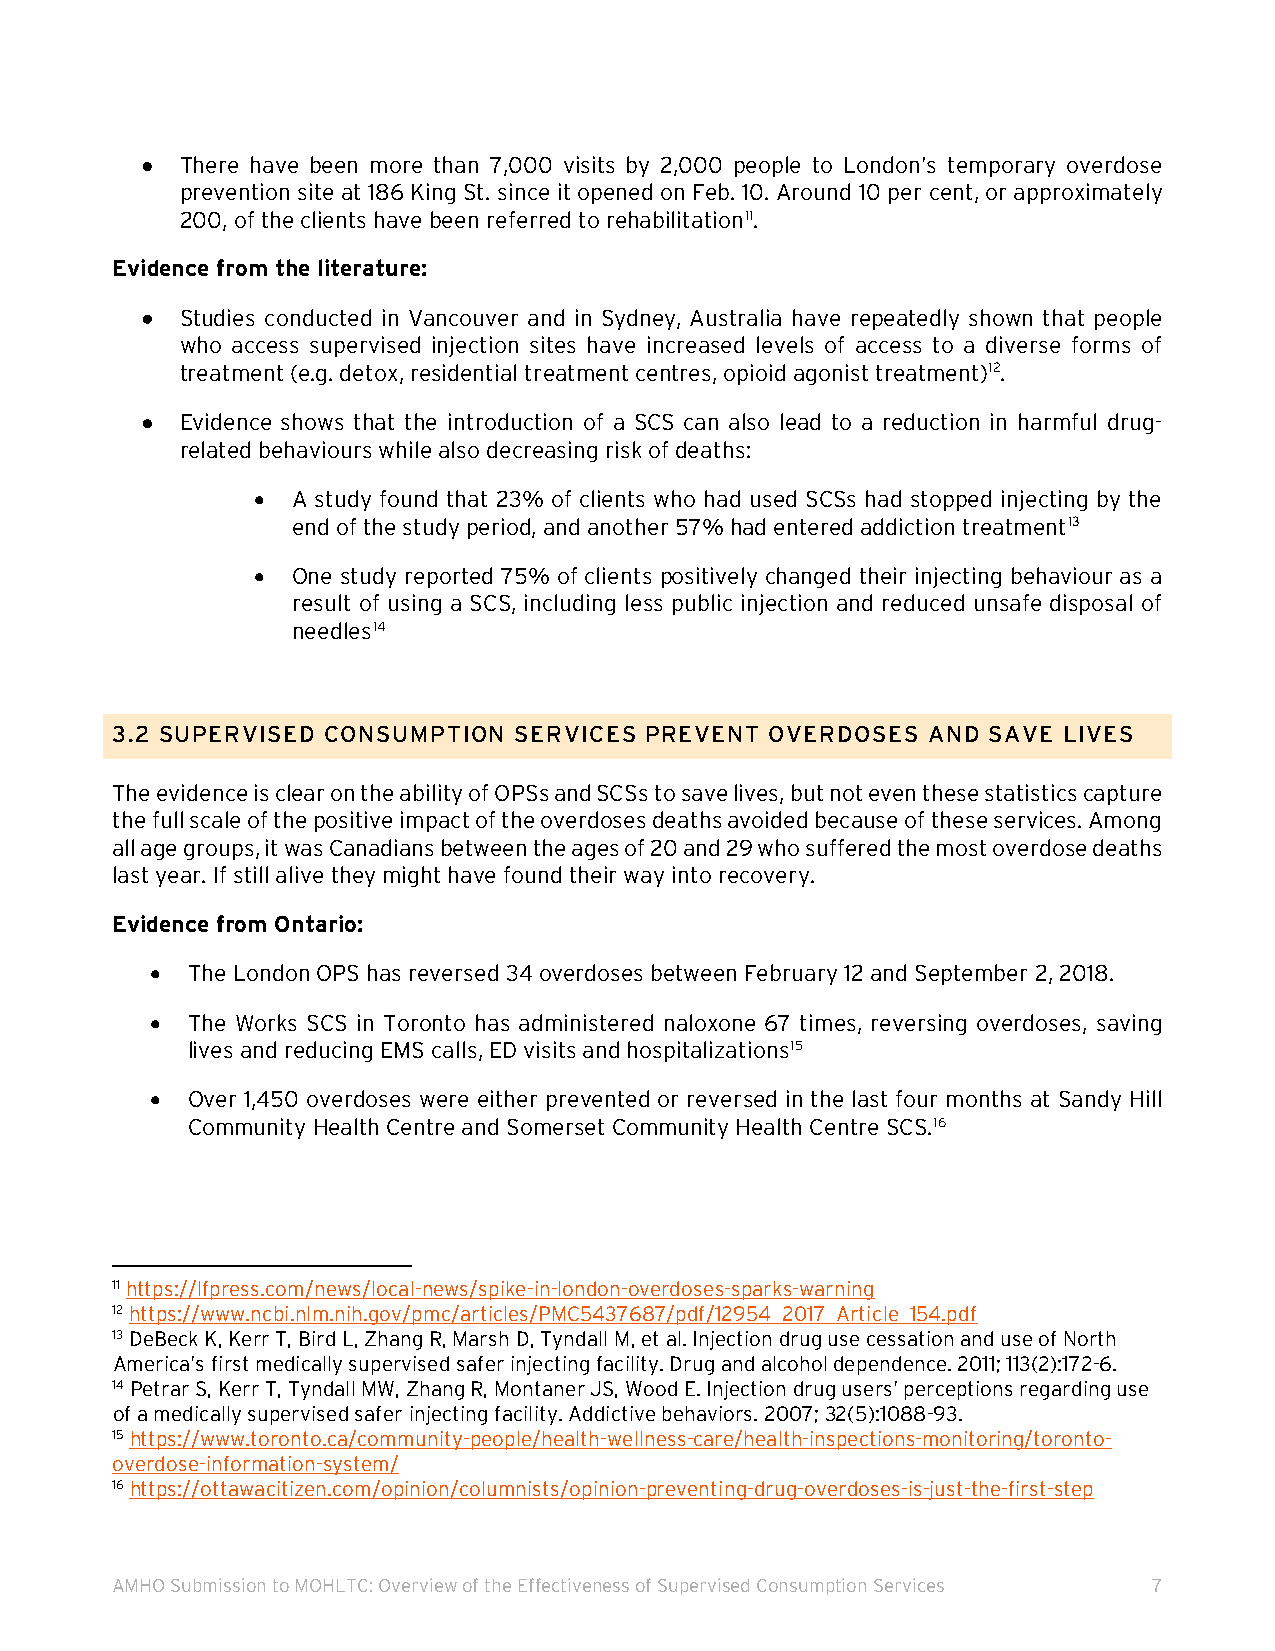
•  There have been more than 7,000 visits by 2,000 people to London’s temporary overdose
 prevention site at 186 King St. since it opened on Feb. 10. Around 10 per cent, or approximately
 200, of the clients have been referred to rehabilitation11.
 Evidence from the literature:
 •  Studies conducted in Vancouver and in Sydney, Australia have repeatedly shown that people
 who access supervised injection sites have increased levels of access to a diverse forms of
 treatment (e.g. detox, residential treatment centres, opioid agonist treatment)12.
 •  Evidence shows that the introduction of a SCS can also lead to a reduction in harmful drug-
 related behaviours while also decreasing risk of deaths:
 • A study found that 23% of clients who had used SCSs had stopped injecting by the
 end of the study period, and another 57% had entered addiction treatment13
 • One study reported 75% of clients positively changed their injecting behaviour as a
 result of using a SCS, including less public injection and reduced unsafe disposal of
 needles14
 3.2 SUPERVISED CONSUMPTION SERVICES PREVENT OVERDOSES AND SAVE LIVES
 The evidence is clear on the ability of OPSs and SCSs to save lives, but not even these statistics capture
 the full scale of the positive impact of the overdoses deaths avoided because of these services. Among
 all age groups, it was Canadians between the ages of 20 and 29 who suffered the most overdose deaths
 last year. If still alive they might have found their way into recovery.
 Evidence from Ontario:
 • The London OPS has reversed 34 overdoses between February 12 and September 2, 2018.
 • The Works SCS in Toronto has administered naloxone 67 times, reversing overdoses, saving
 lives and reducing EMS calls, ED visits and hospitalizations15
 • Over 1,450 overdoses were either prevented or reversed in the last four months at Sandy Hill
 Community Health Centre and Somerset Community Health Centre SCS.16
 11 https://lfpress.com/news/local-news/spike-in-london-overdoses-sparks-warning
 12 https://www.ncbi.nlm.nih.gov/pmc/articles/PMC5437687/pdf/12954_2017_Article_154.pdf
 13 DeBeck K, Kerr T, Bird L, Zhang R, Marsh D, Tyndall M, et al. Injection drug use cessation and use of North
 America’s first medically supervised safer injecting facility. Drug and alcohol dependence. 2011; 113(2):172-6.
 14 Petrar S, Kerr T, Tyndall MW, Zhang R, Montaner JS, Wood E. Injection drug users’ perceptions regarding use
 of a medically supervised safer injecting facility. Addictive behaviors. 2007; 32(5):1088-93.
 15 https://www.toronto.ca/community-people/health-wellness-care/health-inspections-monitoring/toronto-
 overdose-information-system/
 16 https://ottawacitizen.com/opinion/columnists/opinion-preventing-drug-overdoses-is-just-the-first-step
 AMHO Submission to MOHLTC: Overview of the Effectiveness of Supervised Consumption Services 7